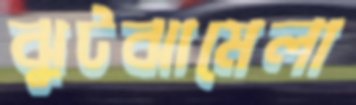
ঝুটঝামেলা